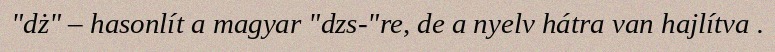
"dż" – hasonlít a magyar "dzs-"re, de a nyelv hátra van hajlítva .